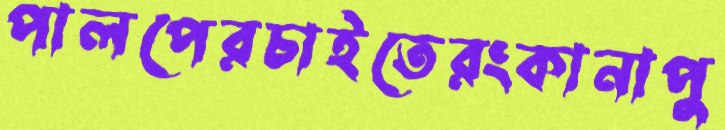
পালপেরচাইতেরংকানাপু